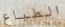
الطباع